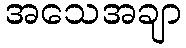
အသေအချာ